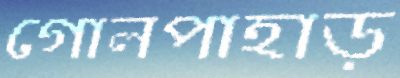
গোলপাহাড়